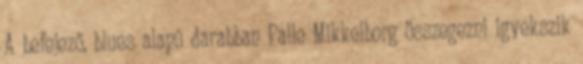
A befejező, blues alapú darabban Palle Mikkelborg összegezni igyekszik